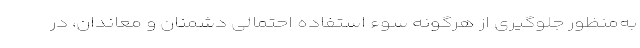
به‌منظور جلوگیری از هرگونه سوء استفاده احتمالی دشمنان و معاندان، در